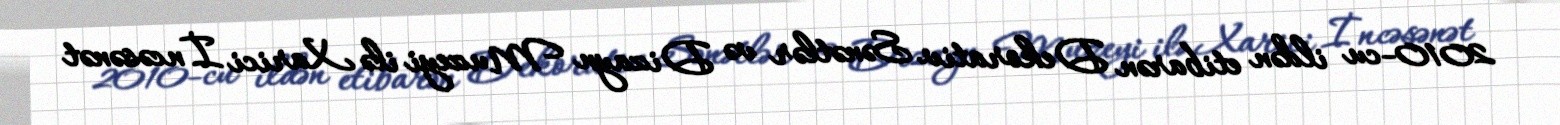
2010-cu ildən etibarən Dekorativ Sənətlər və Dizayn Muzeyi ilə Xarici İncəsənət